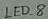
Text: LED_8